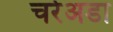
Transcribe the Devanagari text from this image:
चर्रेअडा